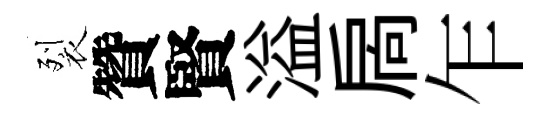
裂贊賢溢扄乍